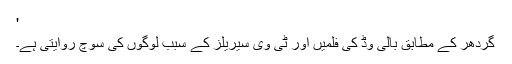
'
گردھر کے مطابق بالی وڈ کی فلمیں اور ٹی وی سیریلز کے سبب لوگوں کی سوچ روایتی ہے۔